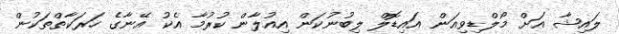
ލައިޝާ އަށް މޯލްޑިވިއަން އައިޑޮލް ލިބުނުކަން އިއުލާން ކުރުމާ އެކު އޭނާގެ ހަރަކާތްތަކުން